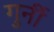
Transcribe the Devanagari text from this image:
गुर्नी